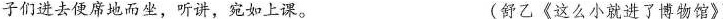
子们进去便席地而坐，听讲，宛如上课。 (舒乙《这么小就进了博物馆》)